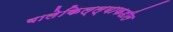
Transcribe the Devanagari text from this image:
बालेकिल्ल्याकडील